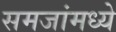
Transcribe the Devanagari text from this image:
समजांमध्ये